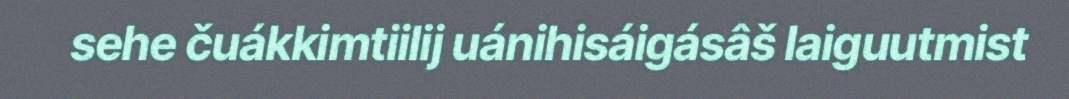
sehe čuákkimtiilij uánihisáigásâš laiguutmist